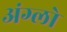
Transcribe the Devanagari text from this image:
अंग्लो